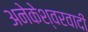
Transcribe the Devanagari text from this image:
अनेकेश्वरवादी